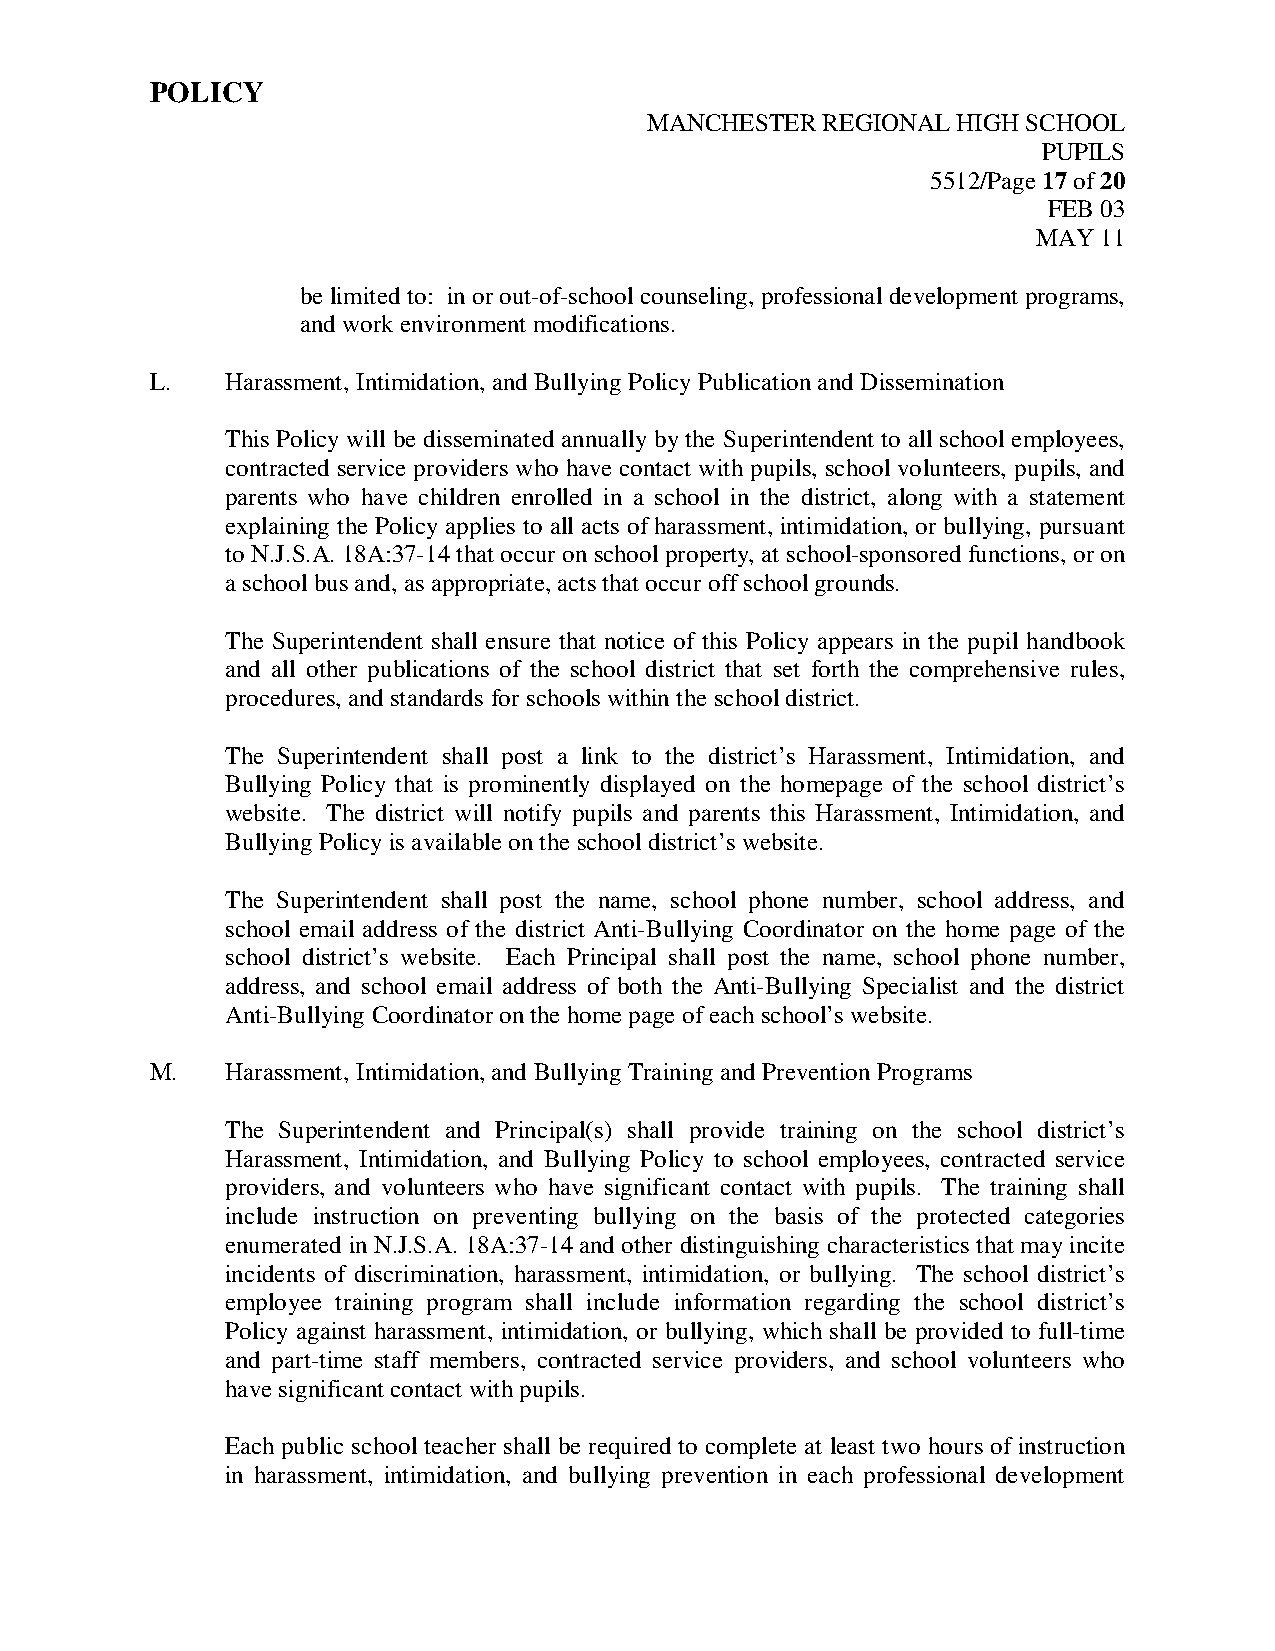
POLICY
 MANCHESTER REGIONAL HIGH SCHOOL
 PUPILS
 5512/Page 17 of 20
 FEB 03
 MAY 11
 be limited to: in or out-of-school counseling, professional development programs,
 and work environment modifications.
 L.   Harassment, Intimidation, and Bullying Policy Publication and Dissemination
 This Policy will be disseminated annually by the Superintendent to all school employees,
 contracted service providers who have contact with pupils, school volunteers, pupils, and
 parents who have children enrolled in a school in the district, along with a statement
 explaining the Policy applies to all acts of harassment, intimidation, or bullying, pursuant
 to N.J.S.A. 18A:37-14 that occur on school property, at school-sponsored functions, or on
 a school bus and, as appropriate, acts that occur off school grounds.
 The Superintendent shall ensure that notice of this Policy appears in the pupil handbook
 and all other publications of the school district that set forth the comprehensive rules,
 procedures, and standards for schools within the school district.
 The Superintendent shall post a link to the district’s Harassment, Intimidation, and
 Bullying Policy that is prominently displayed on the homepage of the school district’s
 website. The district will notify pupils and parents this Harassment, Intimidation, and
 Bullying Policy is available on the school district’s website.
 The Superintendent shall post the name, school phone number, school address, and
 school email address of the district Anti-Bullying Coordinator on the home page of the
 school district’s website. Each Principal shall post the name, school phone number,
 address, and school email address of both the Anti-Bullying Specialist and the district
 Anti-Bullying Coordinator on the home page of each school’s website.
 M.   Harassment, Intimidation, and Bullying Training and Prevention Programs
 The Superintendent and Principal(s) shall provide training on the school district’s
 Harassment, Intimidation, and Bullying Policy to school employees, contracted service
 providers, and volunteers who have significant contact with pupils. The training shall
 include instruction on preventing bullying on the basis of the protected categories
 enumerated in N.J.S.A. 18A:37-14 and other distinguishing characteristics that may incite
 incidents of discrimination, harassment, intimidation, or bullying. The school district’s
 employee training program shall include information regarding the school district’s
 Policy against harassment, intimidation, or bullying, which shall be provided to full-time
 and part-time staff members, contracted service providers, and school volunteers who
 have significant contact with pupils.
 Each public school teacher shall be required to complete at least two hours of instruction
 in harassment, intimidation, and bullying prevention in each professional development